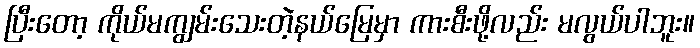
ပြီးတော့ ကိုယ်မကျွမ်းသေးတဲ့နယ်မြေမှာ ကားစီးဖို့လည်း မလွယ်ပါဘူး။